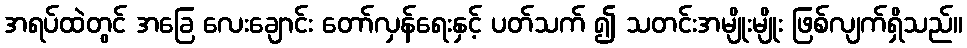
အရပ်ထဲတွင် အခြေ လေးချောင်း တော်လှန်ရေးနှင့် ပတ်သက် ၍ သတင်းအမျိုးမျိုး ဖြစ်လျက်ရှိသည်။